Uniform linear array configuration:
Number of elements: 24
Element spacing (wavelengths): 1
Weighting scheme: hamming
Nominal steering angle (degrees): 60
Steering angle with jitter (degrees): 61.949
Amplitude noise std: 0.05
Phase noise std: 0.05

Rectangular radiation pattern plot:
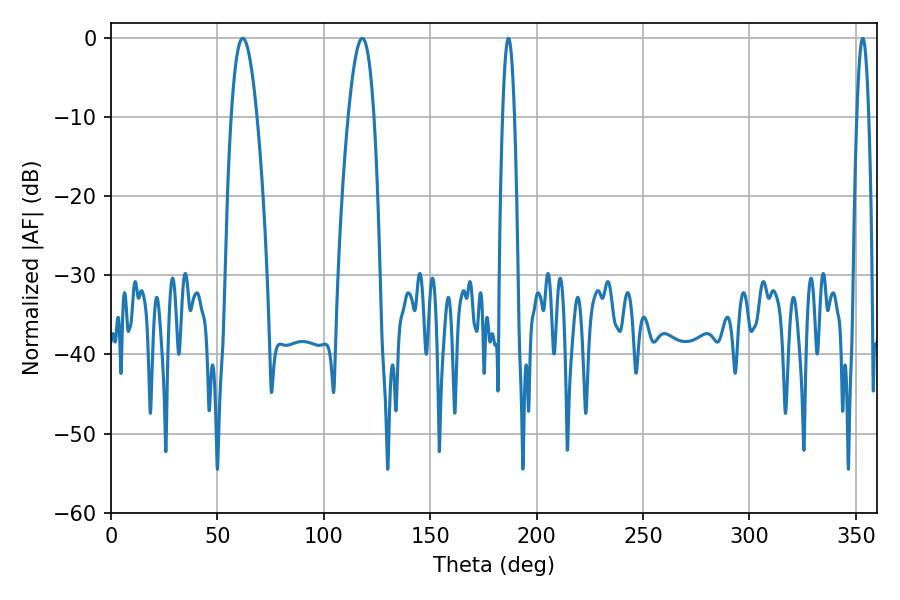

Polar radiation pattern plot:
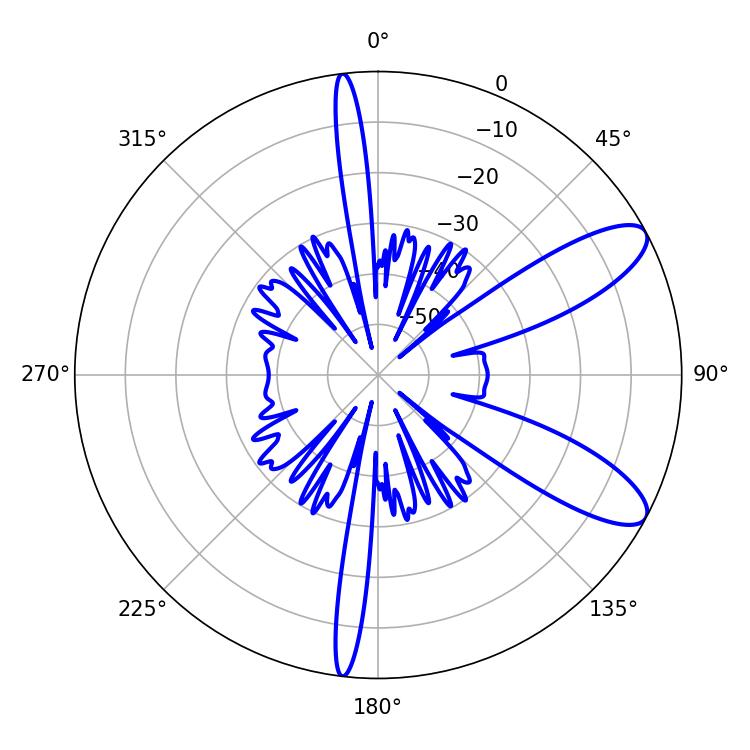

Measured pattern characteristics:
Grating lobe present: TRUE
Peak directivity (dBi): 9.842
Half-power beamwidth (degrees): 6.48
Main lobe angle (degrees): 61.92